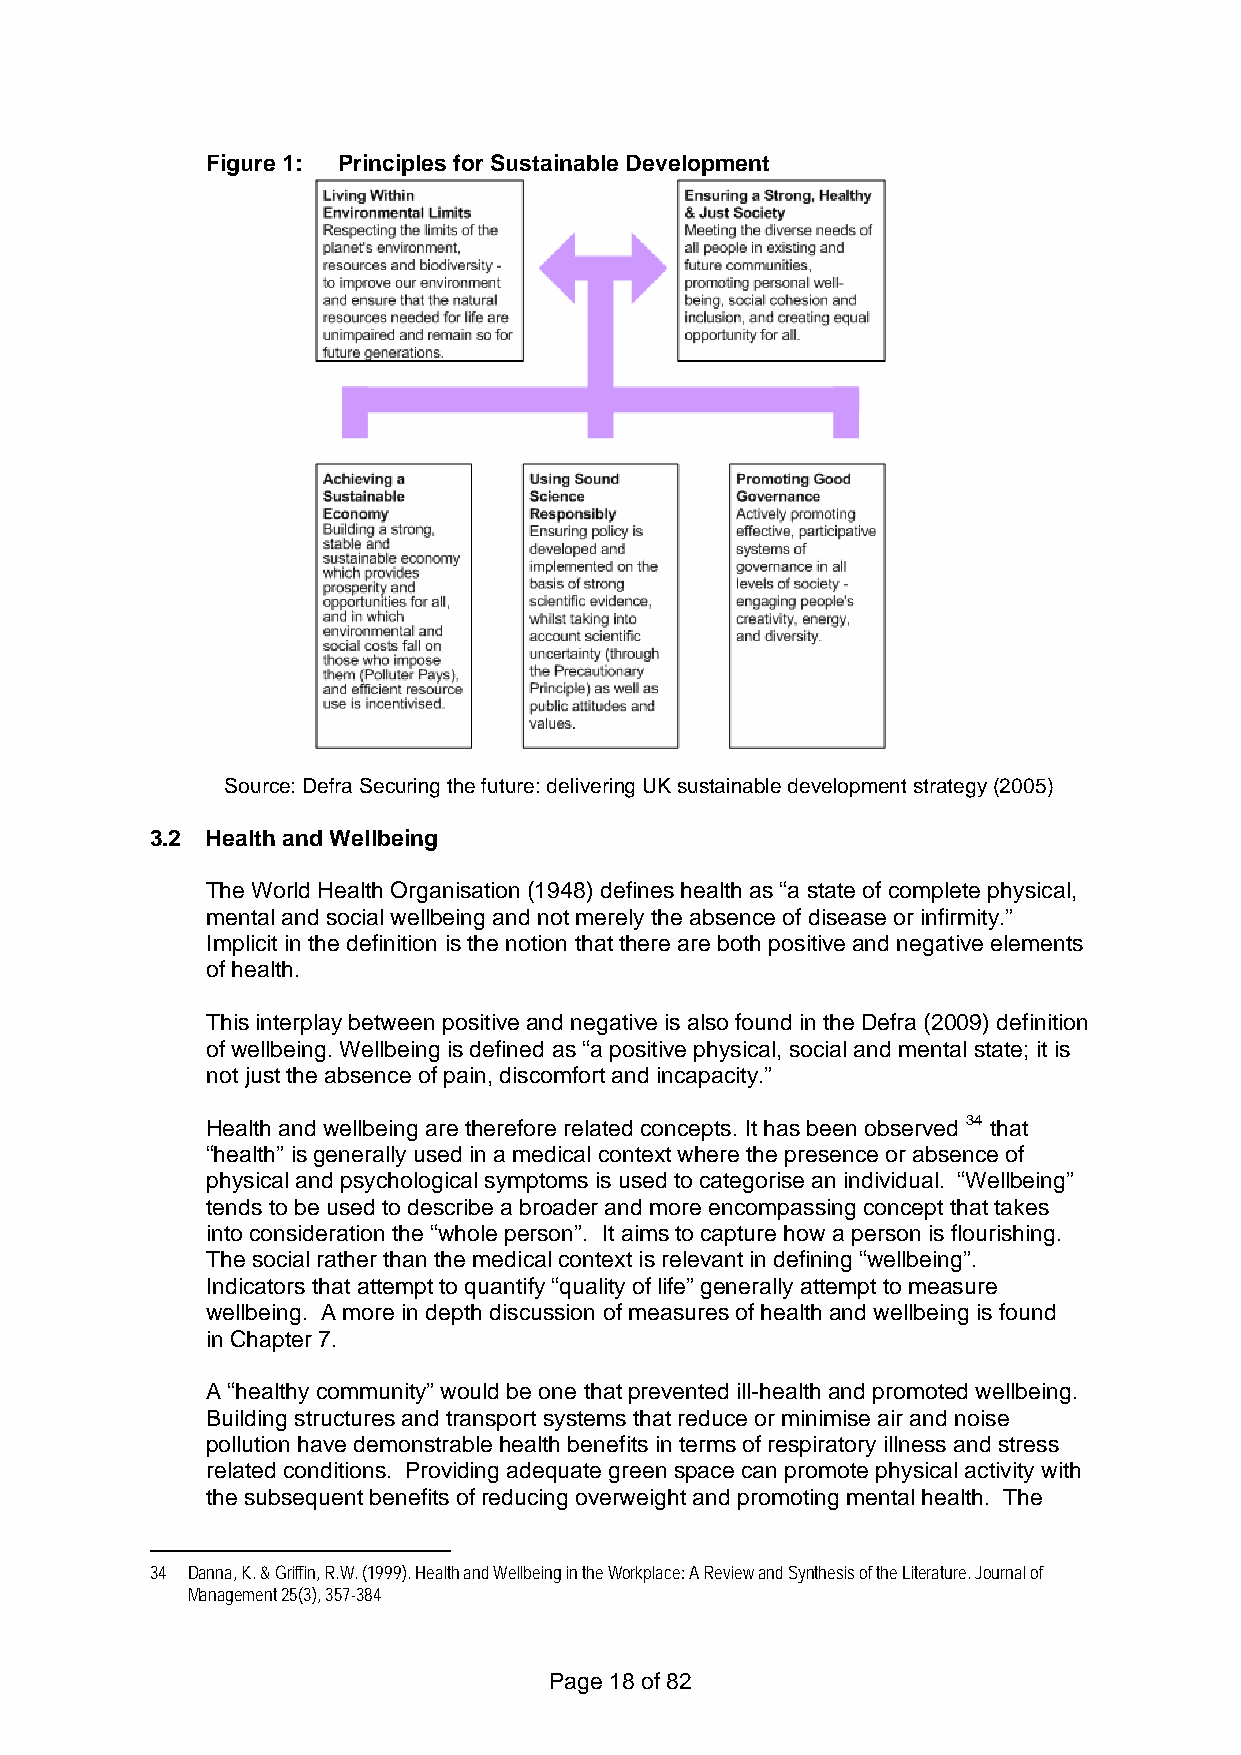
Figure 1: Principles for Sustainable Development
 Source: Defra Securing the future: delivering UK sustainable development strategy (2005)
 3.2 Health and Wellbeing
 The World Health Organisation (1948) defines health as “a state of complete physical,
 mental and social wellbeing and not merely the absence of disease or infirmity.”
 Implicit in the definition is the notion that there are both positive and negative elements
 of health.
 This interplay between positive and negative is also found in the Defra (2009) definition
 of wellbeing. Wellbeing is defined as “a positive physical, social and mental state; it is
 not just the absence of pain, discomfort and incapacity.”
 Health and wellbeing are therefore related concepts. It has been observed 34 that
 “health” is generally used in a medical context where the presence or absence of
 physical and psychological symptoms is used to categorise an individual. “Wellbeing”
 tends to be used to describe a broader and more encompassing concept that takes
 into consideration the “whole person”. It aims to capture how a person is flourishing.
 The social rather than the medical context is relevant in defining “wellbeing”.
 Indicators that attempt to quantify “quality of life” generally attempt to measure
 wellbeing. A more in depth discussion of measures of health and wellbeing is found
 in Chapter 7.
 A “healthy community” would be one that prevented ill-health and promoted wellbeing.
 Building structures and transport systems that reduce or minimise air and noise
 pollution have demonstrable health benefits in terms of respiratory illness and stress
 related conditions. Providing adequate green space can promote physical activity with
 the subsequent benefits of reducing overweight and promoting mental health. The
 34 Danna, K. & Griffin, R.W. (1999). Health and Wellbeing in the Workplace: A Review and Synthesis of the Literature. Journal of
 Management 25(3), 357-384
 Page 18 of 82